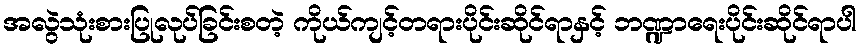
အလွဲသုံးစားပြုလုပ်ခြင်းစတဲ့ ကိုယ်ကျင့်တရားပိုင်းဆိုင်ရာနှင့် ဘဏ္ဍာရေးပိုင်းဆိုင်ရာပါ